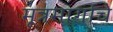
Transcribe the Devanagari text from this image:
मूत्रमार्गाचे